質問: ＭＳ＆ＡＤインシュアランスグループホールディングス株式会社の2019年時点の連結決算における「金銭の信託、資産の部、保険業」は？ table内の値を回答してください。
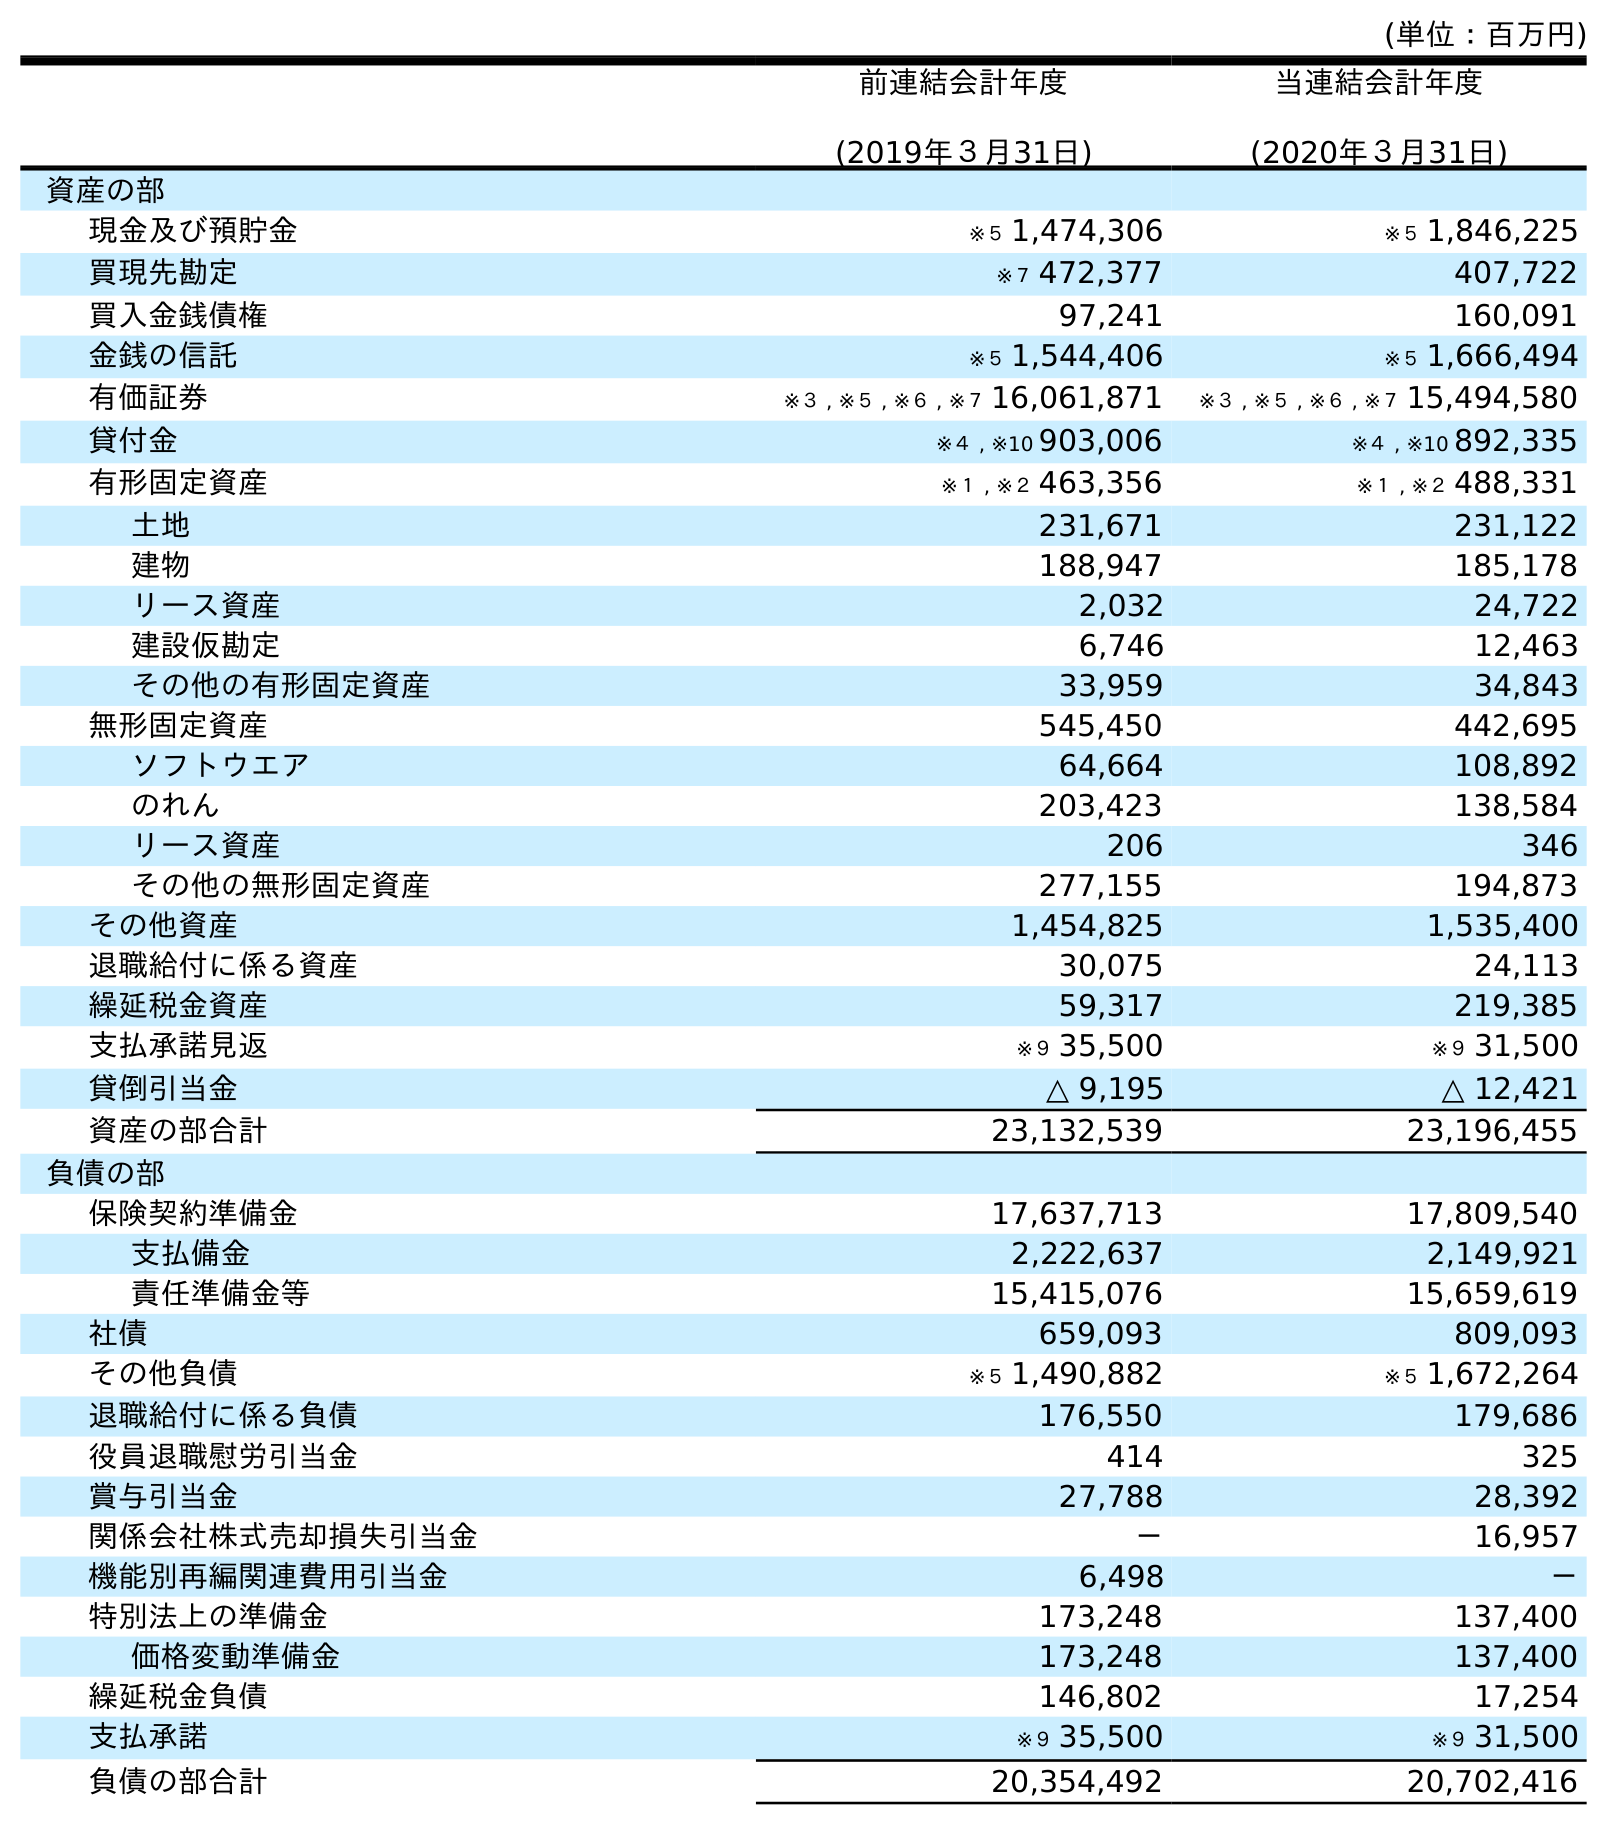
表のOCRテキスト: (単位：百万円) 前連結会計年度 (2019年３月31日) 当連結会計年度 (2020年３月31日) 資産の部 現金及び預貯金 ※５ 1,474,306 ※５ 1,846,225 買現先勘定 ※７ 472,377 407,722 買入金銭債権 97,241 160,091 金銭の信託 ※５ 1,544,406 ※５ 1,666,494 有価証券 ※３ , ※５ , ※６ , ※７ 16,061,871 ※３ , ※５ , ※６ , ※７ 15,494,580 貸付金 ※４ , ※10 903,006 ※４ , ※10 892,335 有形固定資産 ※１ , ※２ 463,356 ※１ , ※２ 488,331 土地 231,671 231,122 建物 188,947 185,178 リース資産 2,032 24,722 建設仮勘定 6,746 12,463 その他の有形固定資産 33,959 34,843 無形固定資産 545,450 442,695 ソフトウエア 64,664 108,892 のれん 203,423 138,584 リース資産 206 346 その他の無形固定資産 277,155 194,873 その他資産 1,454,825 1,535,400 退職給付に係る資産 30,075 24,113 繰延税金資産 59,317 219,385 支払承諾見返 ※９ 35,500 ※９ 31,500 貸倒引当金 △ 9,195 △ 12,421 資産の部合計 23,132,539 23,196,455 負債の部 保険契約準備金 17,637,713 17,809,540 支払備金 2,222,637 2,149,921 責任準備金等 15,415,076 15,659,619 社債 659,093 809,093 その他負債 ※５ 1,490,882 ※５ 1,672,264 退職給付に係る負債 176,550 179,686 役員退職慰労引当金 414 325 賞与引当金 27,788 28,392 関係会社株式売却損失引当金 － 16,957 機能別再編関連費用引当金 6,498 － 特別法上の準備金 173,248 137,400 価格変動準備金 173,248 137,400 繰延税金負債 146,802 17,254 支払承諾 ※９ 35,500 ※９ 31,500 負債の部合計 20,354,492 20,702,416
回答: ※５1,544,406